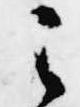
之